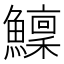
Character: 𩼤